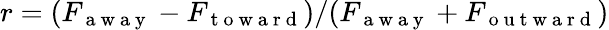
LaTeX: r=(F_{\mathrm{~a~w~a~y~}}-F_{\mathrm{~t~o~w~a~r~d~}})/(F_{\mathrm{~a~w~a~y~}}+F_{\mathrm{~o~u~t~w~a~r~d~}})